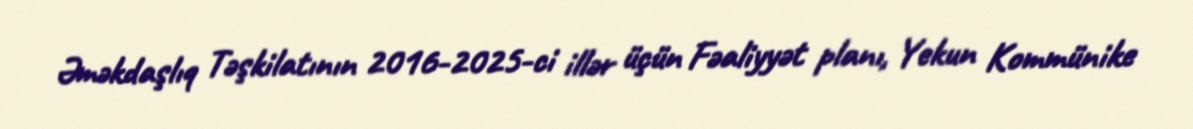
Əməkdaşlıq Təşkilatının 2016-2025-ci illər üçün Fəaliyyət planı, Yekun Kommünike